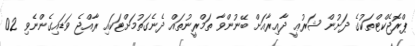
ޕްރޮޖެކްޓްތަކުގެ ދަށުން ޝަރުޢީ ދާއިރާއަށް ބޭނުންވާ ތަމްރީނުތައް ދެނެގަތުމަށްޓަކައި ރާއްޖެ ވަޑައިގެންނެވި 02